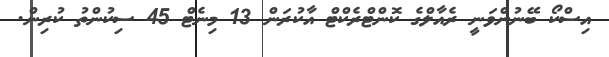
އިސްކޯ ބޭނުންވަނީ ރެއާލްގެ ކޮންޓްރެކްޓް އާކުރަން 13 މިނެޓް 45 ސިކުންތު ކުރިން.